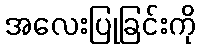
အလေးပြုခြင်းကို